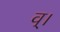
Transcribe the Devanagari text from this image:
व्।